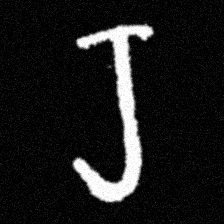
Pyu character \u2014 Myanmar letter: ရ (romanized: ra)